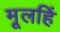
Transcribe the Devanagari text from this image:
मूलहिं